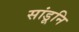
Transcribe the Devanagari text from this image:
सांडूनि